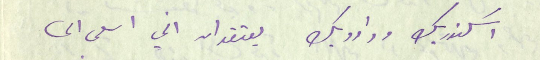
اسكندر بك وداود بك يعتقدان اني اسعى الى